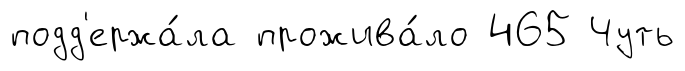
подд'ержа́ла прожива́ло 465 Чуть